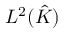
L ^ { 2 } ( { \hat { K } } )